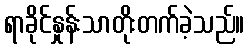
ရာခိုင်နှုန်းသာတိုးတက်ခဲ့သည်။